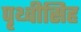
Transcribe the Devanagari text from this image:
पृथ्वीसिह